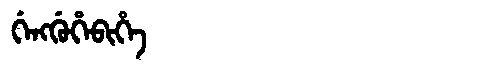
Manchu: ᡤᡝᠩᡤᡠᡥᡝᠪᡳᡥᡝ
Romanization: GENGGUHEBIHE